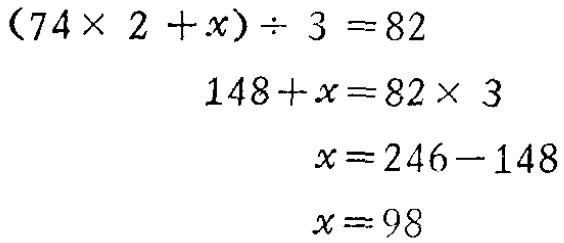
\[

\begin{align*}

(74\times 2 + x)\div 3&=82\\

148 + x&=82\times 3\\

x&=246 - 148\\

x&=98

\end{align*}

\]